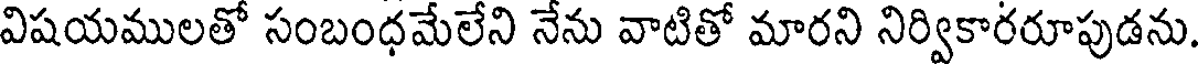
విషయములతో సంబంధమేలేని నేను వాటితో మారని నిర్వికారరూపుడను